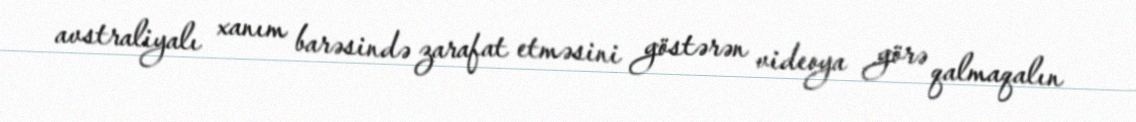
avstraliyalı xanım barəsində zarafat etməsini göstərən videoya görə qalmaqalın